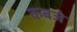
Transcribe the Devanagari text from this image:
कबजे